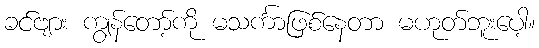
ခင်ဗျား ကျွန်တော့်ကို မသင်္ကာဖြစ်နေတာ မဟုတ်ဘူးပေါ့။